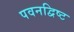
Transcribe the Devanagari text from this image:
पवनद्विष्ट